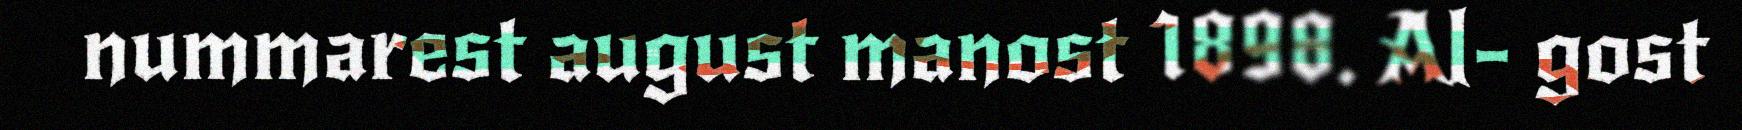
nummarest august manost 1898. Al- gost